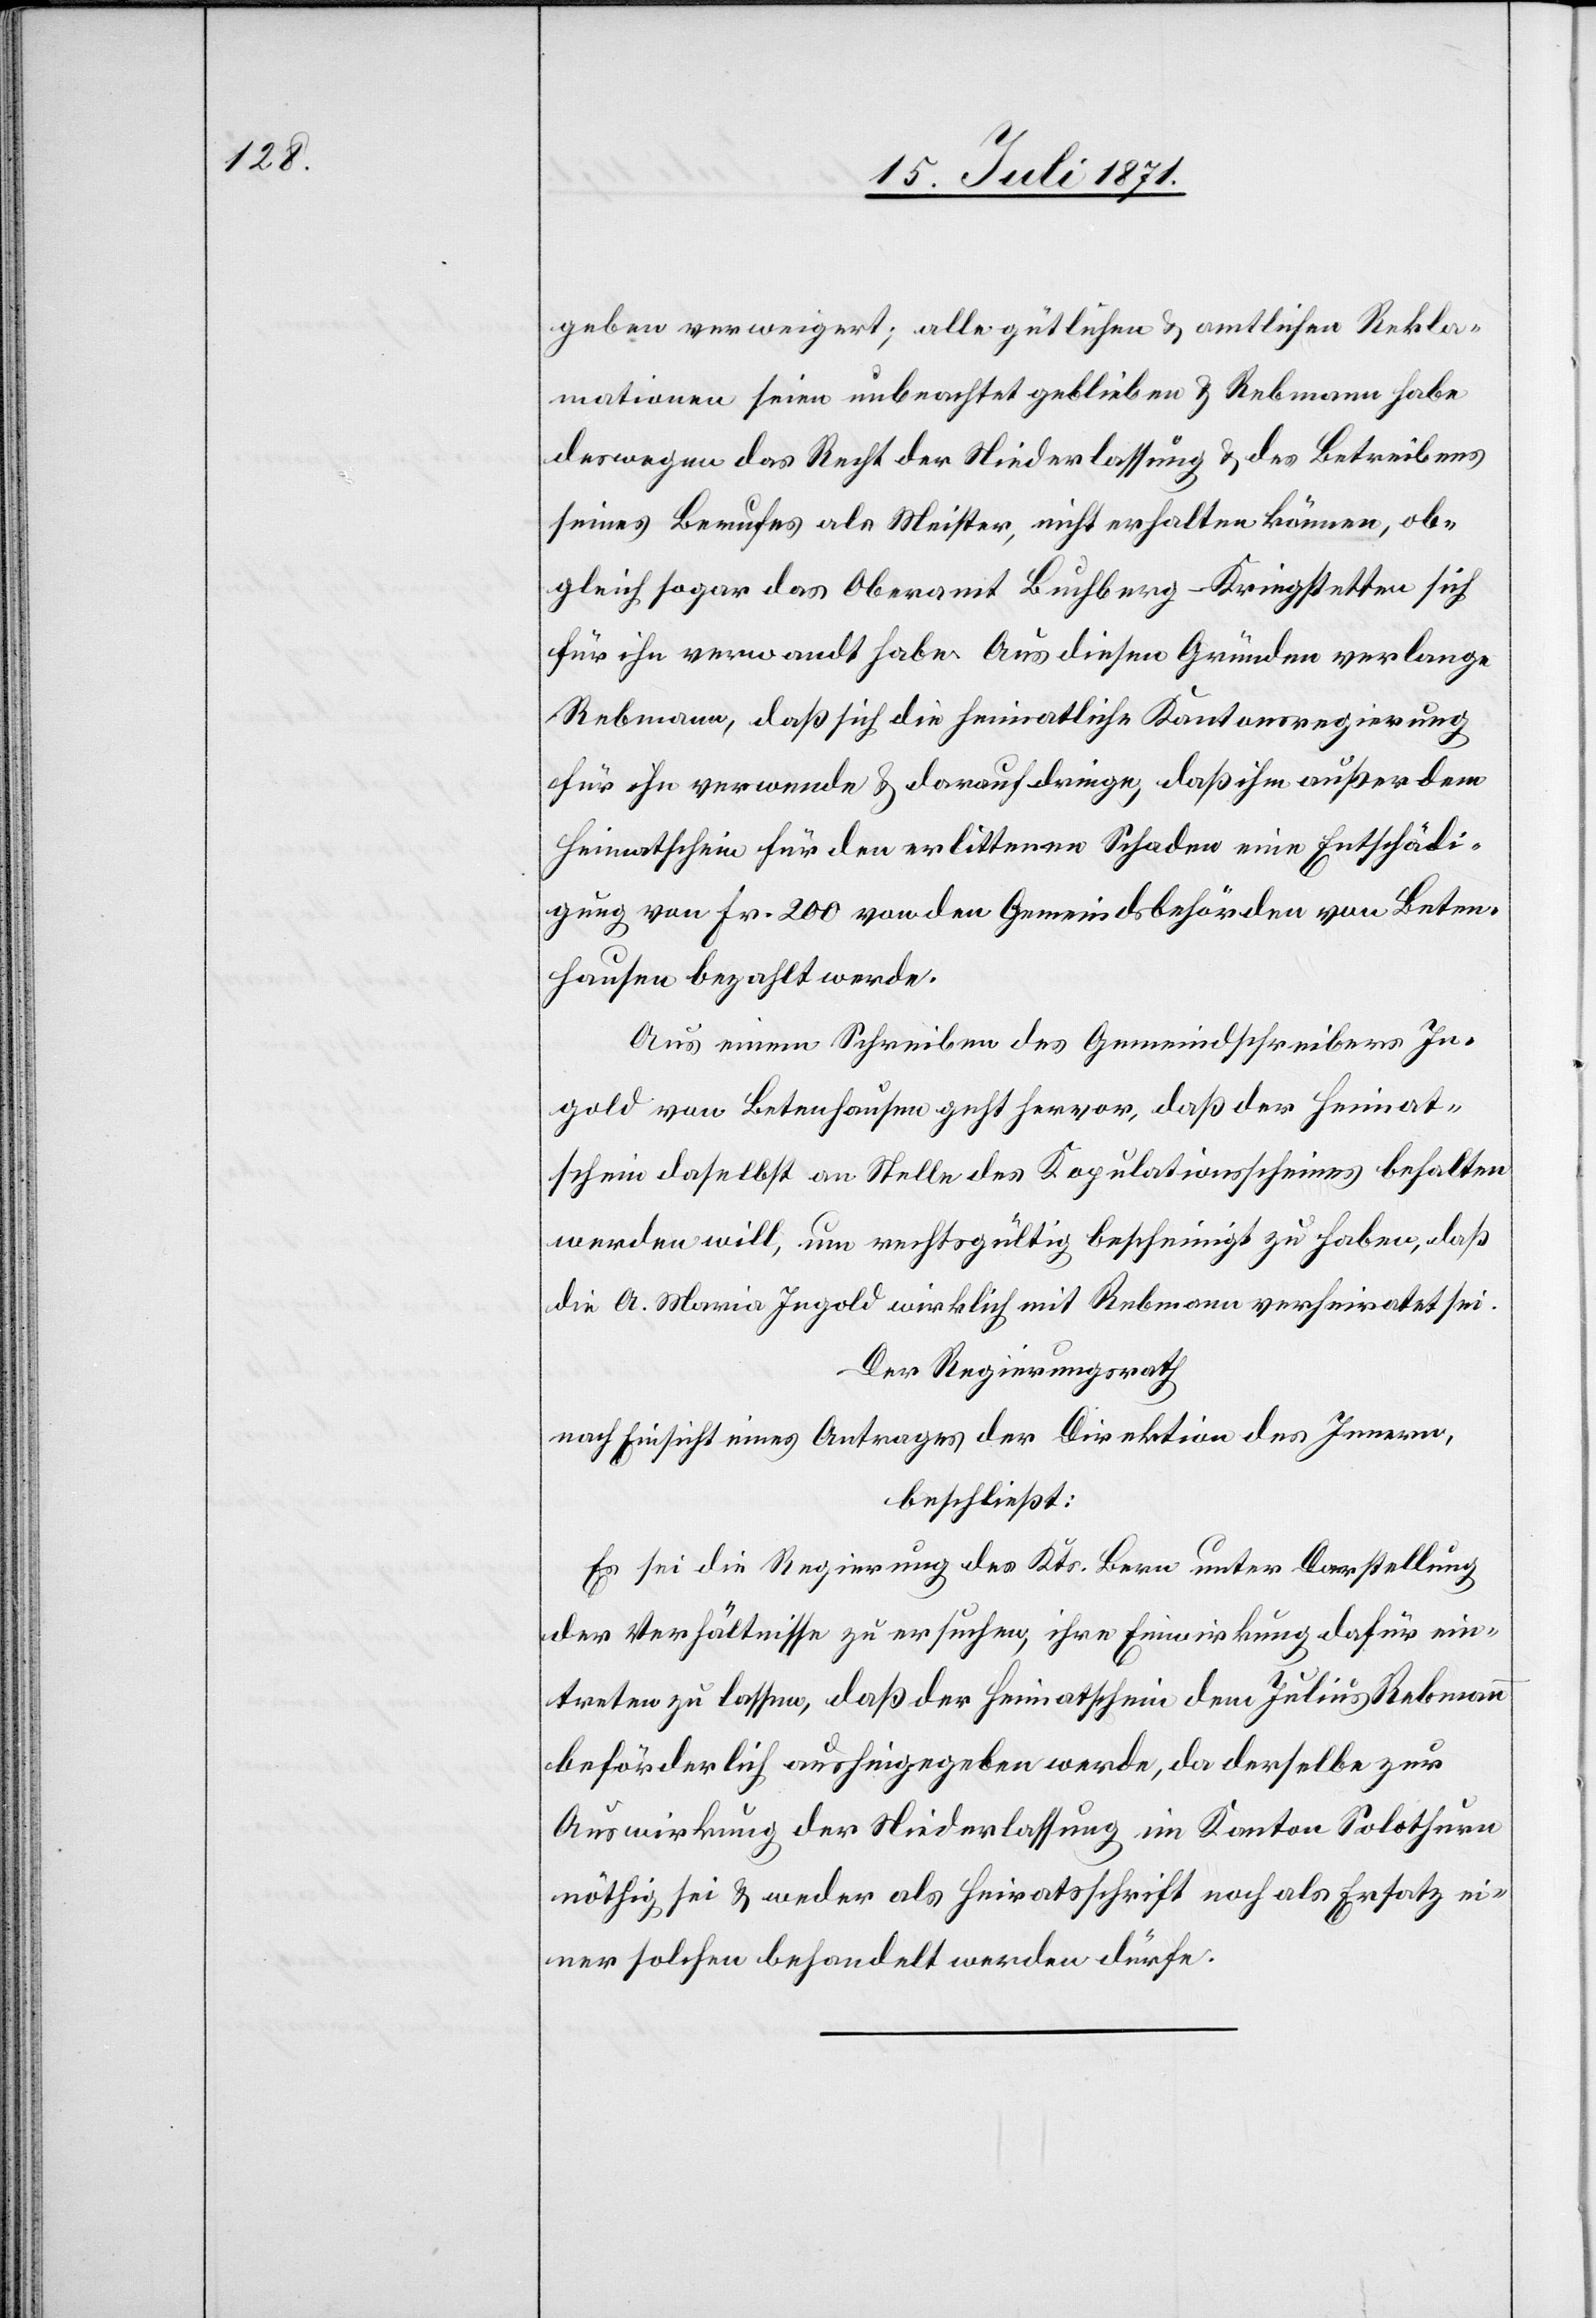
geben verweigert; alle gütlichen u. amtlichen Rekla¬
mationen seien unbeachtet geblieben u. Rebmann habe
deswegen das Recht der Niederlassung u. des Betreibens
seines Berufes als Meister, nicht erhalten können, ob¬
gleich sogar das Oberamt Buchberg-Kriegstetten sich
für ihn verwandt habe. Aus diesen Gründen verlange
Rebmann, daß sich die heimatliche Kantonsregierung
für ihn verwende u. darauf dringe, daß ihm außer dem
Heimatschein für den erlittenen Schaden eine Entschädi¬
gung von Fr. 200 von den Gemeindsbehörden von Beten¬
hausen bezahlt werde.
Aus einem Schreiben des Gemeindschreibers In¬
gold von Betenhausen geht hervor, daß der Heimat¬
schein daselbst an Stelle des Kopulationsscheines behalten
werden will, um rechtsgültig bescheinigt zu haben, daß
die A. Maria Ingold wirklich mit Rebmann verheiratet sei.
Der Regierungsrath
nach Einsicht eines Antrages der Direktion des Innern,
beschließt:
Es sei die Regierung des Kts. Bern unter Darstellung
der Verhältnisse zu ersuchen ihre Einwirkung dafür ein¬
treten zu lassen, daß der Heimatschein dem Julius Rebmann
beförderlich aushingegeben werde, da derselbe zur
Auswirkung der Niederlassung im Kanton Solothurn
nöthig sei u. weder als Heiratsschrift noch als Ersatz ei¬
ner solchen behandelt werden dürfe.